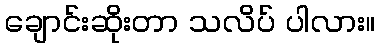
ချောင်းဆိုးတာ သလိပ် ပါလား။